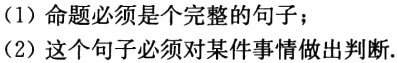
（1）命题必须是个完整的句子；
（2）这个句子必须对某件事情做出判断.